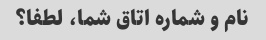
نام و شماره اتاق شما، لطفا؟